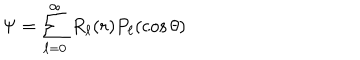
LaTeX: \Psi = \sum _ { \ell = 0 } ^ { \infty } R _ { \ell } ( r ) P _ { \ell } ( \cos \theta )